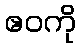
ဧဝကို